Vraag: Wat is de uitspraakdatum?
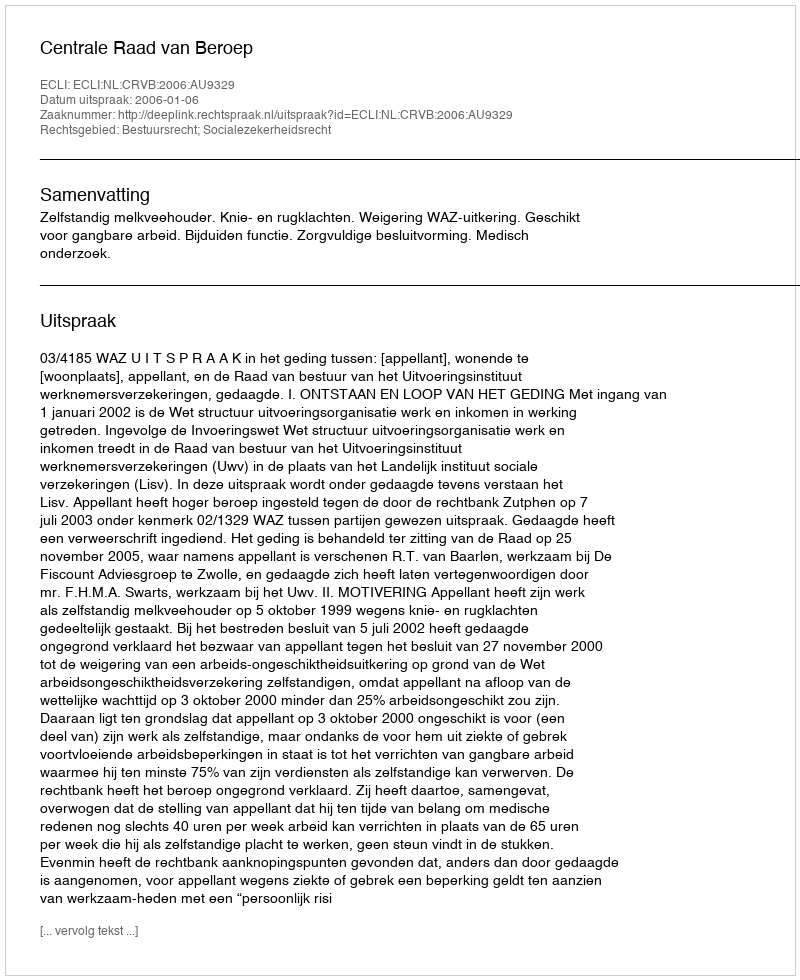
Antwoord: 2006-01-06